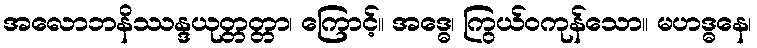
အလောဘနိဿန္ဒယုတ္တတ္တာ၊ ကြောင့်။ အဒ္ဓေ၊ ကြွယ်ဝကုန်သော။ မဟဒ္ဓနေ၊